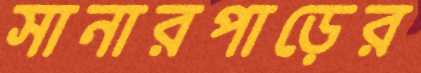
সানারপাড়ের